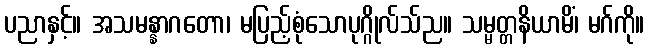
ပညာနှင့်။ အသမန္နာဂတော၊ မပြည့်စုံသောပုဂ္ဂိုလ်သ်ည။ သမ္မတ္တနိယာမိံ၊ မဂ်ကို။